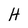
Character: H